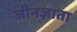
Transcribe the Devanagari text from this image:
जीनज्ञाता